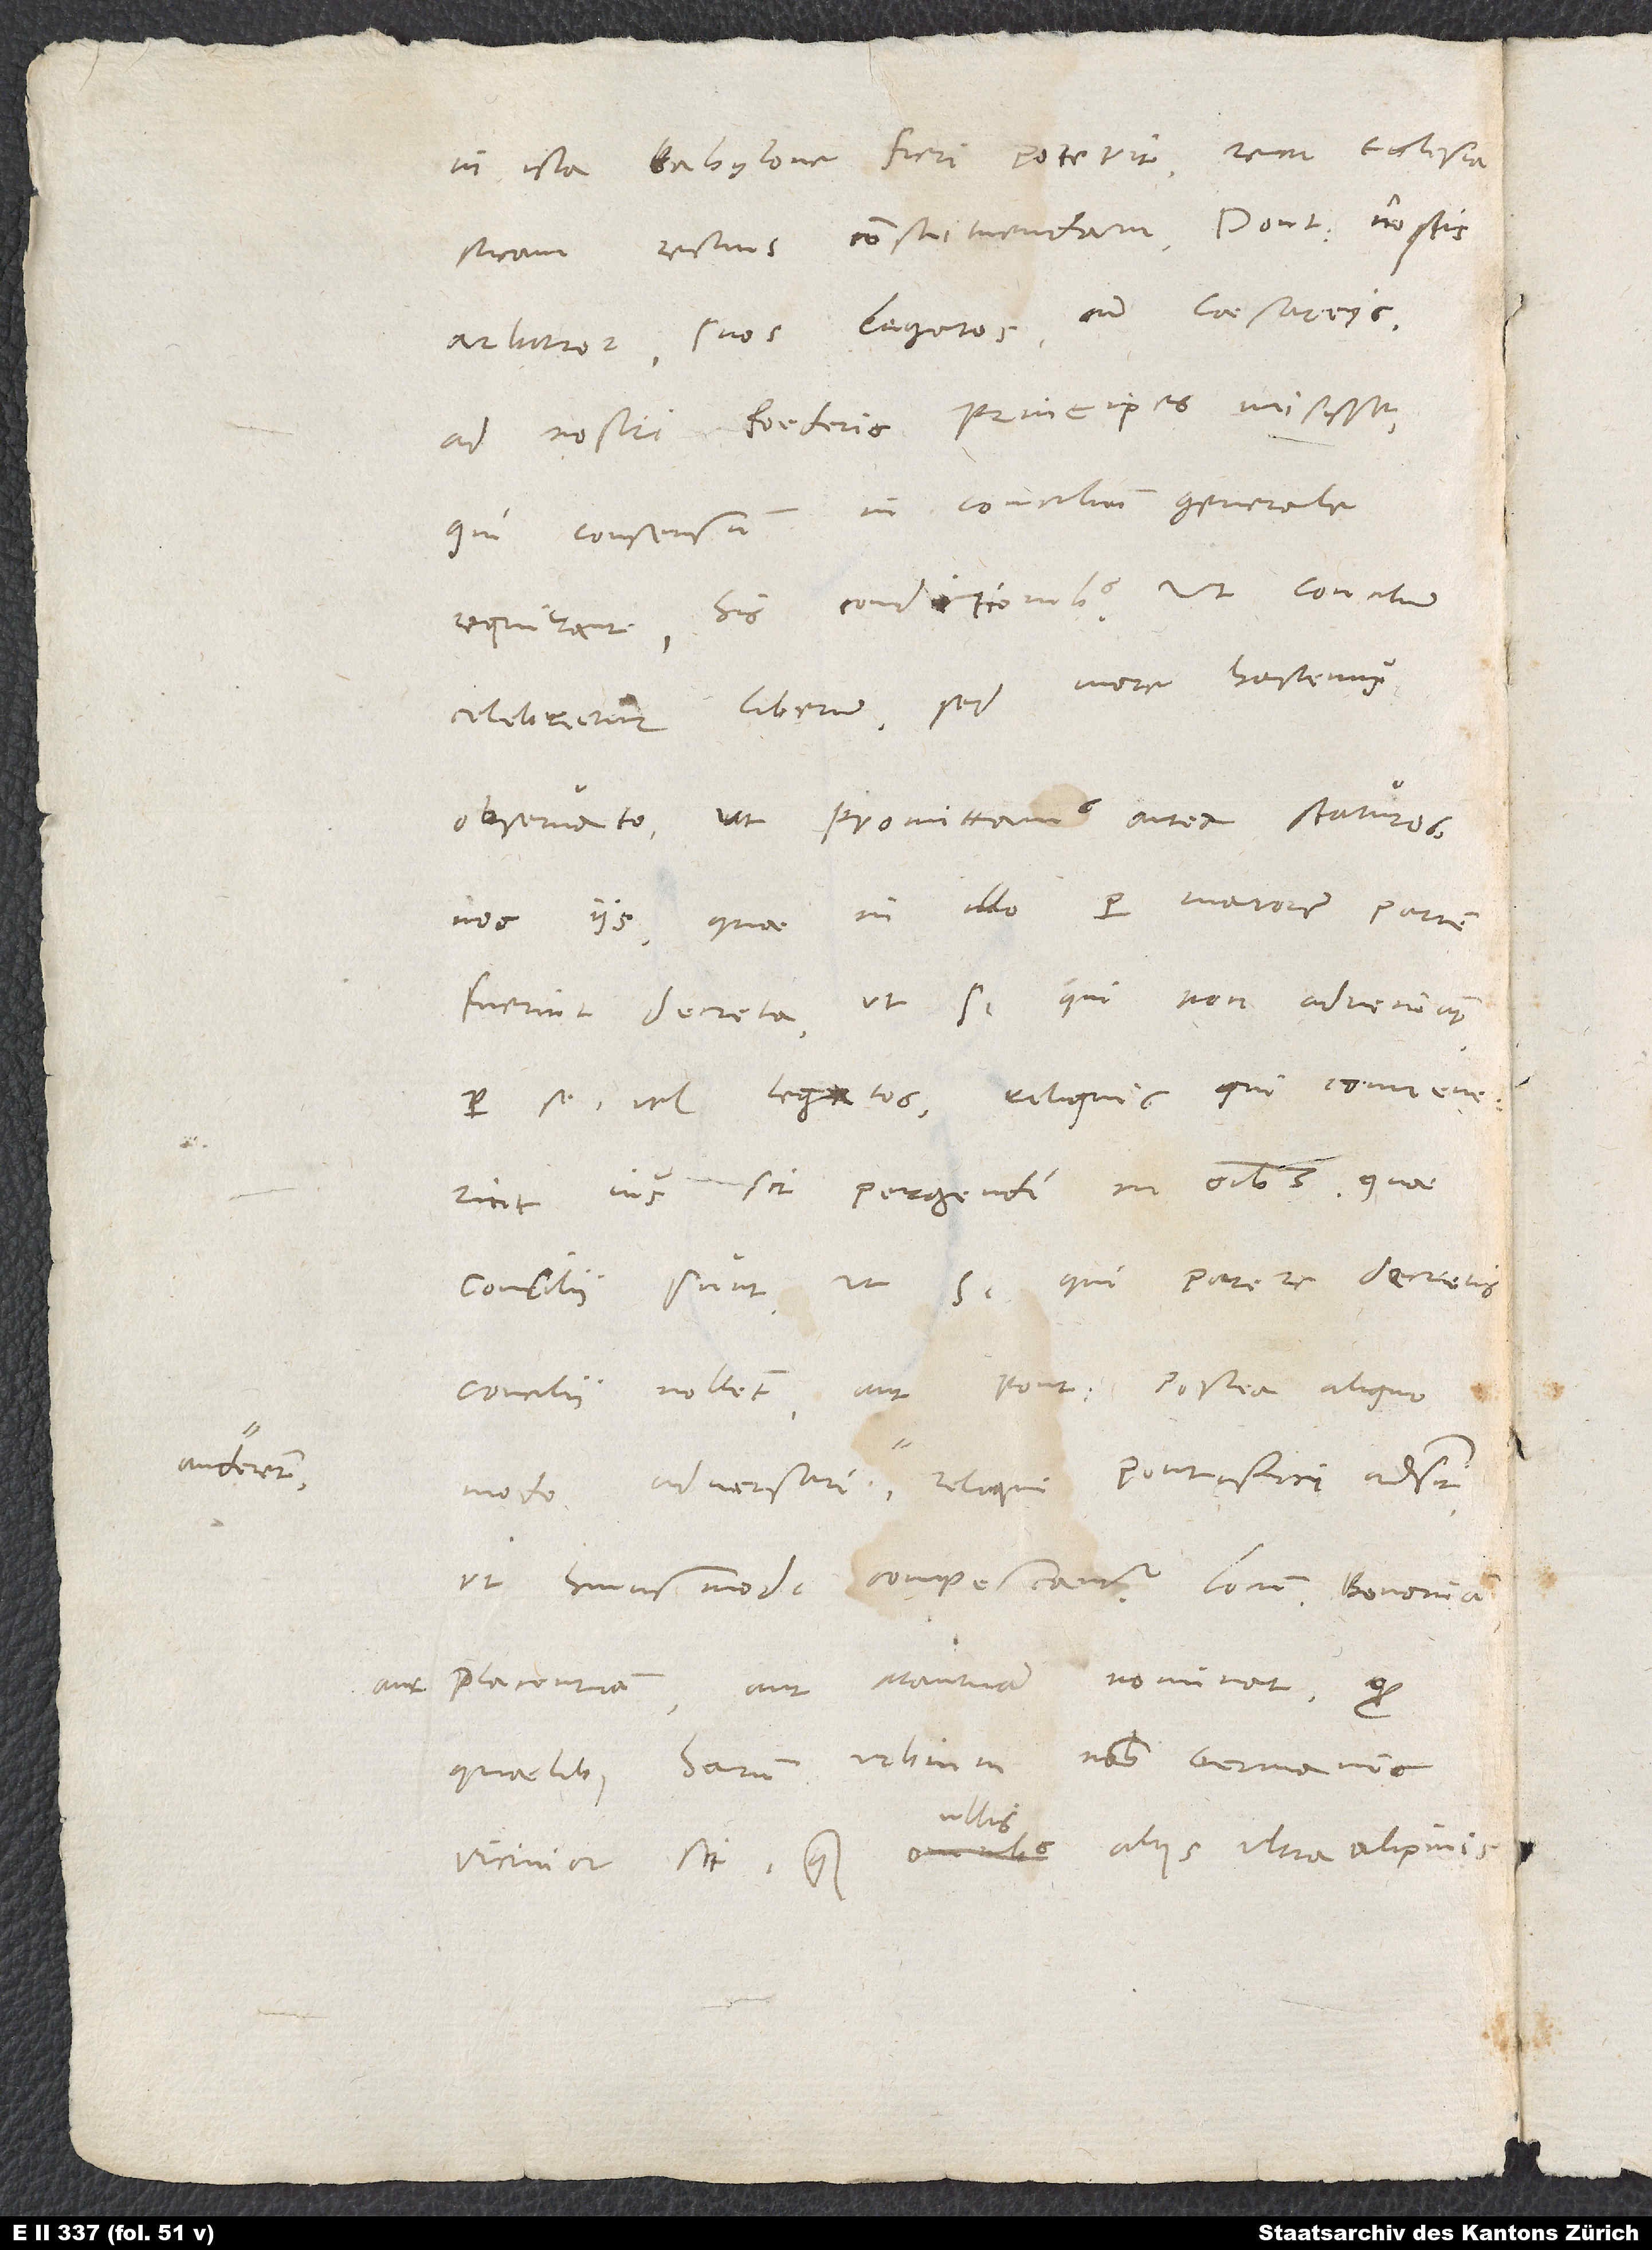
auderent,

in ista Babylone fieri poterit, rem ecclesiasticam
arbitror, suos legatos cum caesareis
ad nostri foederis principes misisse,
qui consensum in concilium generale
requirant his conditionibus: Ut concilium
celebretur liberum, sed more hactenus
observato; ut promittamus antea staturos
nos iis, quae in illo per maiorem partem
fuerint decreta; ut si qui non adveniant
per se vel legatos, reliquis, qui convenerint,
ius sit pergendi in omnibus, quae
concilii sunt; ut si qui parere decretis
concilii nollent aut pontifici postea aliquo
ut huiusmodi compescantur. Locum Bononiam
aut Placentiam aut Mantuam nominat, quod
quaelibet harum urbium nobis Germanis
nullis
vicinior sit quam ullis aliis ultraalpinis